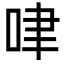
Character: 㖀